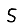
Digit: 5